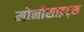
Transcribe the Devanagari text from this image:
मोनोसाइट्स